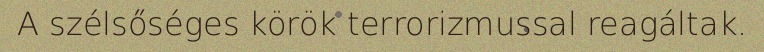
A szélsőséges körök terrorizmussal reagáltak.